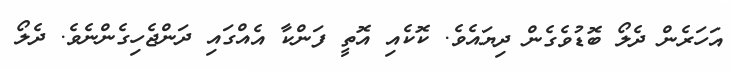
އަހަރެން ދެލޯ ބޮޑުވެގެން ދިޔައެވެ. ކޮކެއި އޮތީ ފަންކާ އެއްގައި ދަންޖެހިގެންނެވެ. ދެލޯ